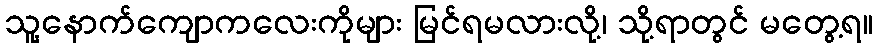
သူ့နောက်ကျောကလေးကိုများ မြင်ရမလားလို့၊ သို့ရာတွင် မတွေ့ရ။